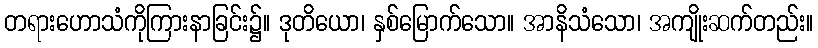
တရားဟောသံကိုကြားနာခြင်း၌။ ဒုတိယော၊ နှစ်မြောက်သော။ အာနိသံသော၊ အကျိုးဆက်တည်း။